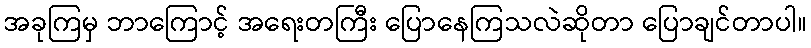
အခုကြမှ ဘာကြောင့် အရေးတကြီး ပြောနေကြသလဲဆိုတာ ပြောချင်တာပါ။